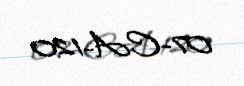
07-CA-120